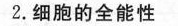
2.细胞的全能性